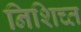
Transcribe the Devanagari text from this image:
निशिच्त